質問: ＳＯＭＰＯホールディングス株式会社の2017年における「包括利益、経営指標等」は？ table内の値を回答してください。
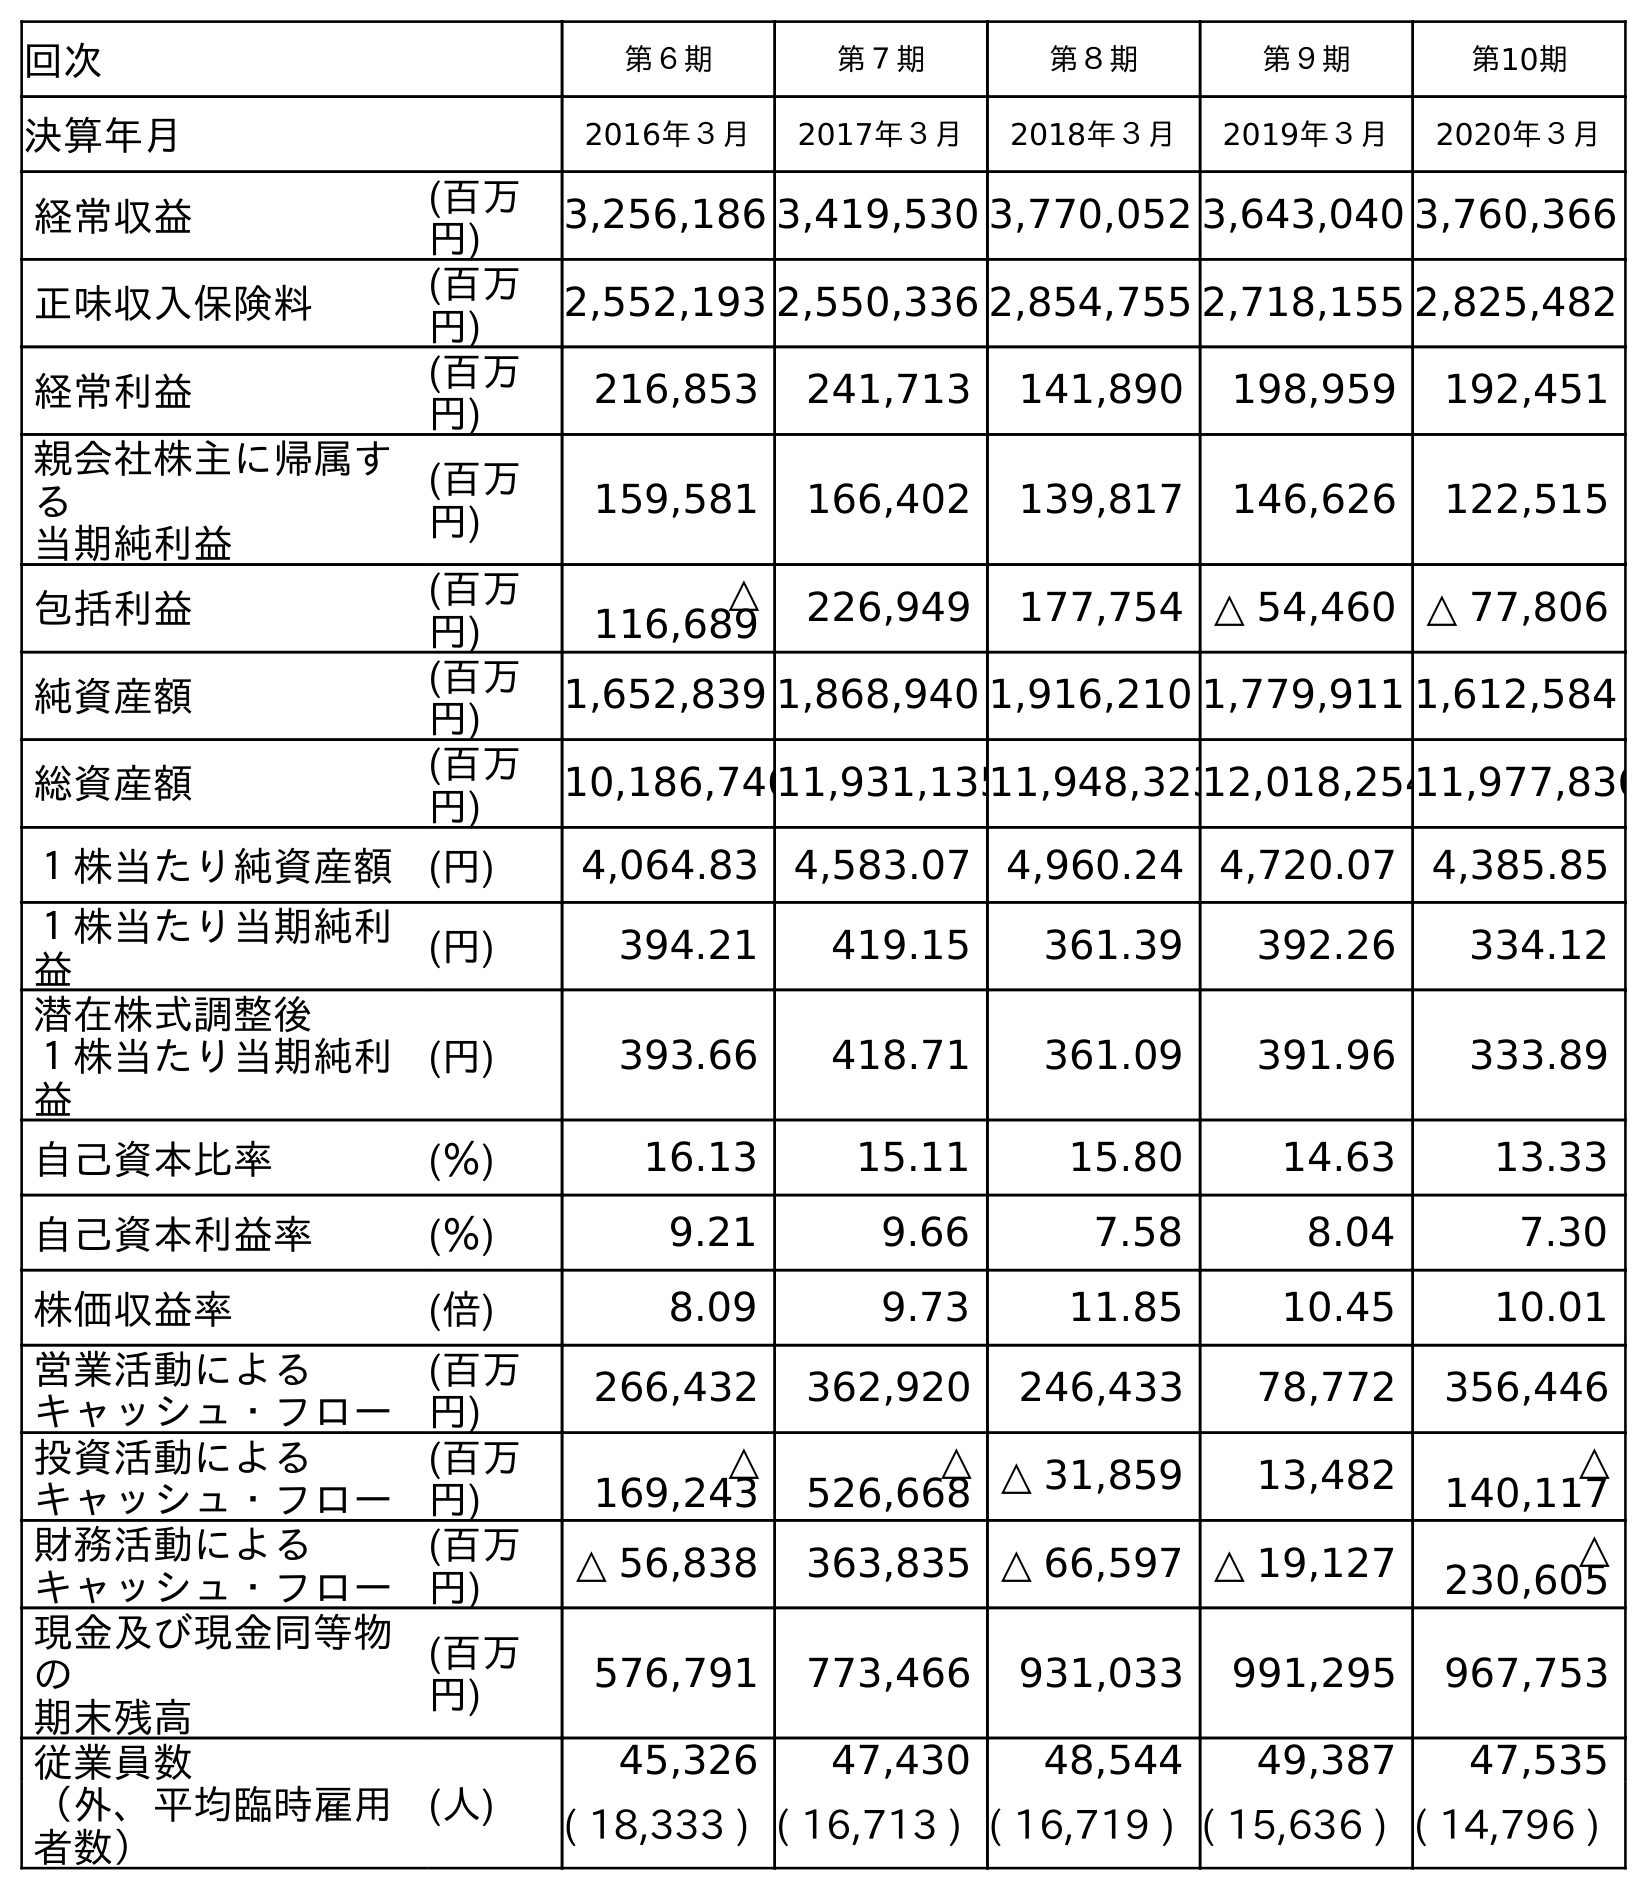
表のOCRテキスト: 回次 第６期 第７期 第８期 第９期 第10期 決算年月 2016年３月 2017年３月 2018年３月 2019年３月 2020年３月 経常収益 (百万 円) 3,256,186 3,419,530 3,770,052 3,643,040 3,760,366 正味収入保険料 (百万 円) 2,552,193 2,550,336 2,854,755 2,718,155 2,825,482 経常利益 (百万 円) 216,853 241,713 141,890 198,959 192,451 親会社株主に帰属す る 当期純利益 (百万 円) 159,581 166,402 139,817 146,626 122,515 包括利益 (百万 円) △ 116,689 226,949 177,754 △ 54,460 △ 77,806 純資産額 (百万 円) 1,652,839 1,868,940 1,916,210 1,779,911 1,612,584 総資産額 (百万 円) 10,186,74611,931,13511,948,32312,018,25411,977,836 １株当たり純資産額 (円) 4,064.83 4,583.07 4,960.24 4,720.07 4,385.85 １株当たり当期純利 益 (円) 394.21 419.15 361.39 392.26 334.12 潜在株式調整後 １株当たり当期純利 益 (円) 393.66 418.71 361.09 391.96 333.89 自己資本比率 (％) 16.13 15.11 15.80 14.63 13.33 自己資本利益率 (％) 9.21 9.66 7.58 8.04 7.30 株価収益率 (倍) 8.09 9.73 11.85 10.45 10.01 営業活動による キャッシュ・フロー (百万 円) 266,432 362,920 246,433 78,772 356,446 投資活動による キャッシュ・フロー (百万 円) △ 169,243 △ 526,668 △ 31,859 13,482 △ 140,117 財務活動による キャッシュ・フロー (百万 円) △ 56,838 363,835 △ 66,597 △ 19,127 △ 230,605 現金及び現金同等物 の 期末残高 (百万 円) 576,791 773,466 931,033 991,295 967,753 従業員数 (人) 45,326 47,430 48,544 49,387 47,535 （外、平均臨時雇用 者数） ( 18,333 ) ( 16,713 ) ( 16,719 ) ( 15,636 ) ( 14,796 )
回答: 226,949